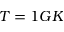
T = 1 G K